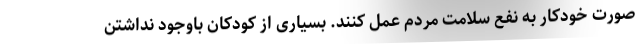
صورت خودکار به نفع سلامت مردم عمل کنند. بسیاری از کودکان باوجود نداشتن